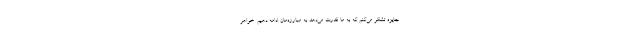
جایزه تشکر می‌کنم که به ما قدرت می‌دهد به مبارزه‌مان ادامه دهیم. خواهر